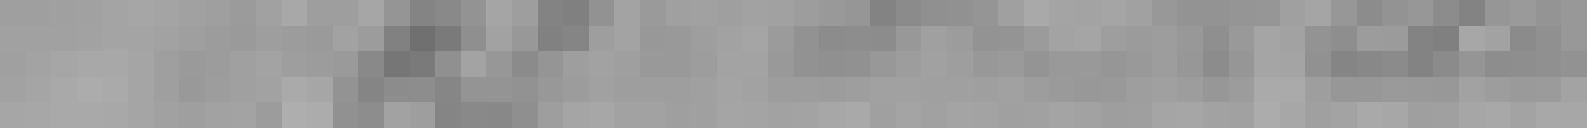
21 décembre